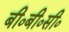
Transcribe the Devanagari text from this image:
बी०बी०सी०